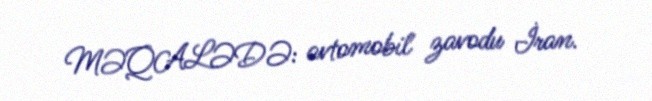
MƏQALƏDƏ: avtomobil zavodu İran.